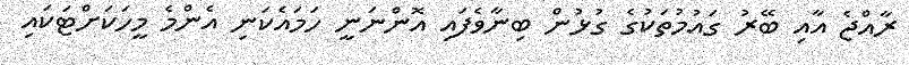
ރާއްޖެ އާއި ބޭރު ގައުމުތަކުގެ ގުޅުން ބިނާވެފައި އޮންނަނީ ހަމައެކަނި އެންމެ މީހަކަށްޓަކައި